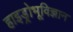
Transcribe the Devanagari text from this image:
हाइड्रोभूविज्ञान